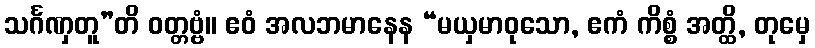
သင်္ဂဏှတူ”တိ ဝတ္တဗ္ဗံ။ ဧဝံ အလဘမာနေန “မယှမာဝုသော, ဧကံ ကိစ္စံ အတ္ထိ, တုမှေ